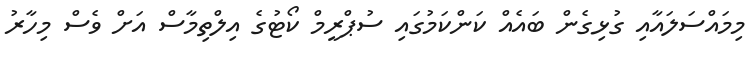
މިމައްސަލައާއި ގުޅިގެން ބައެއް ކަންކަމުގައި ސުޕްރީމް ކޯޓުގެ އިލްތިމާސް އަށް ވެސް މިހާރު